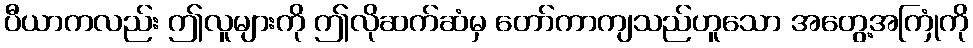
ပီယာကလည်း ဤလူများကို ဤလိုဆက်ဆံမှ တော်ကာကျသည်ဟူသော အတွေ့အကြုံကို